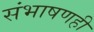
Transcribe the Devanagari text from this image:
संभाषणही